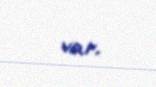
var.